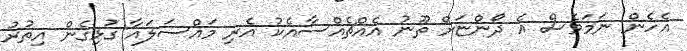
އެހެން ނަމަވެސް އެ ދޯންޏަށް ތޫނު އެއްޗެއްސާއެކު އެރި މައްސަލައާ ގުޅިގެން އިތުރު